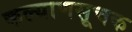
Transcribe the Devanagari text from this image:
कल्याणसूचक